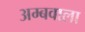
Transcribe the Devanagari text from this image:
अम्बवाला